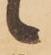
候